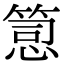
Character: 𥯱